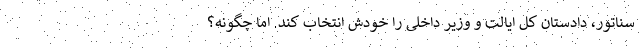
سناتور، دادستان کل ایالت و وزیر داخلی را خودش انتخاب کند. اما چگونه؟